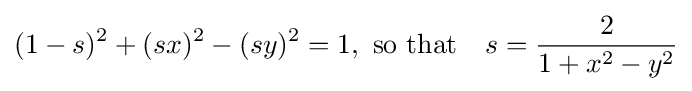
(1-s)^{2}+(sx)^{2}-(sy)^{2}=1,{\text{ so that}}\quad s={\frac {2}{1+x^{2}-y^{2}}}